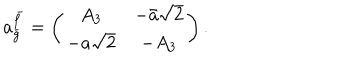
LaTeX: a _ { \bar { g } } ^ { \bar { f } } = \left( \begin{array} { c c } { { A _ { 3 } } } & { { - \bar { a } \sqrt { 2 } } } \\ { { - a \sqrt { 2 } } } & { { - A _ { 3 } } } \\ \end{array} \right) .